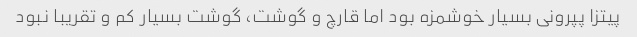
پیتزا پپرونی بسیار خوشمزه بود اما قارچ و گوشت، گوشت بسیار کم و تقریبا نبود